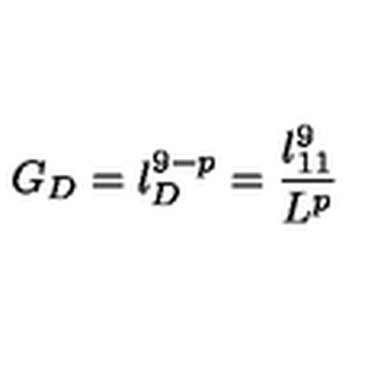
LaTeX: G _ { D } = l _ { D } ^ { 9 - p } = \frac { l _ { 1 1 } ^ { 9 } } { L ^ { p } }